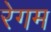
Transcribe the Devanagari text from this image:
रेगम